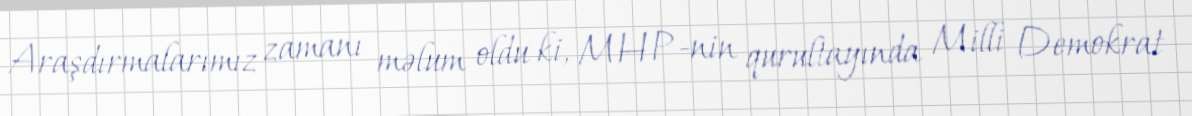
Araşdırmalarımız zamanı məlum oldu ki, MHP-nin qurultayında Milli Demokrat